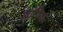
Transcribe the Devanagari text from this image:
आंषिक